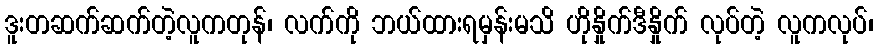
ဒူးတဆက်ဆက်တဲ့လူကတုန်၊ လက်ကို ဘယ်ထားရမှန်းမသိ ဟိုနှိုက်ဒီနှိုက် လုပ်တဲ့ လူကလုပ်၊